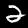
Digit: 2